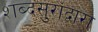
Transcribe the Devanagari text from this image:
शब्दसुरांद्वारा